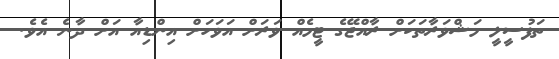
ތަފުސީލީ މަޝްވަރާތަކަށް ރާއްޖޭގެ ޓީމެއް ވަރަށް އަވަހަށް އިންޑިއާ އަށް ދާނެ އެވެ.